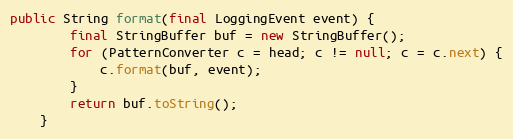
Language: Java
public String format(final LoggingEvent event) {
		final StringBuffer buf = new StringBuffer();
		for (PatternConverter c = head; c != null; c = c.next) {
			c.format(buf, event);
		}
		return buf.toString();
	}